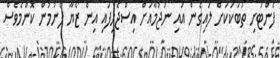
ފެންޓަށި ތަބަކަކަށް ލައިގެން އައި ނަޖުމާއަށް އިސްޖެހިފައި އިން ޒޯޔާ ފެނުމުން ކޮންމެވެސް